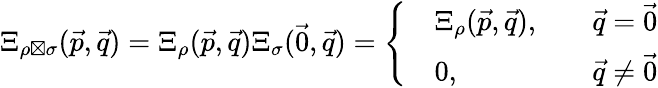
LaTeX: \begin{array}{r}{\Xi_{\rho\boxtimes\sigma}(\vec{p},\vec{q})=\Xi_{\rho}(\vec{p},\vec{q})\Xi_{\sigma}(\vec{0},\vec{q})=\left\{ \begin{array}{rlrl}&{\Xi_{\rho}(\vec{p},\vec{q}),}&&{\vec{q}=\vec{0}}\\ &{0,}&&{\vec{q}\neq\vec{0}}\end{array}\right.}\end{array}